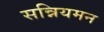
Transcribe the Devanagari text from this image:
सन्नियमन